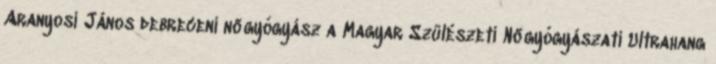
Aranyosi János debreceni nőgyógyász a Magyar Szülészeti Nőgyógyászati Ultrahang